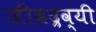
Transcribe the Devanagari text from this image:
जीवद्रव्यी